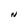
Character: N